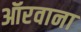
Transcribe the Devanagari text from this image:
ऑरवाना